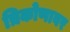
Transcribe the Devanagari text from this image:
त्रिकोणावर